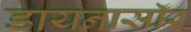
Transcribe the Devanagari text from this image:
डायनासॉर